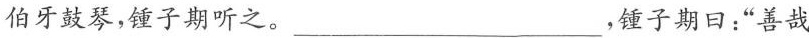
伯牙鼓琴，锤子期听之。___，锺子期日：“善哉